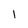
Character: l